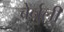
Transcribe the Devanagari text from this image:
बेर्नुली